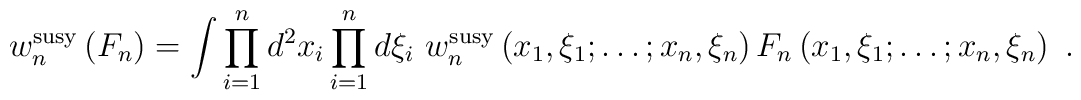
w_n^{\rm susy}\left(F_n\right)=\int \prod_{i=1}^nd^2x_i \prod_{i=1}^n d\xi_i\,\, w_n^{\rm susy}\left(x_1,\xi_1;\ldots;x_n,\xi_n\right) F_n\left(x_1,\xi_1;\ldots;x_n,\xi_n\right)\,\,.